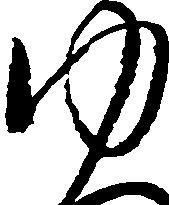
ゆ